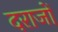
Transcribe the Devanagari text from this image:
दराजों